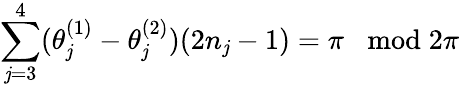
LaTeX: \sum_{\mathit{j}=3}^{4}(\theta_{\mathit{j}}^{(1)}-\theta_{\mathit{j}}^{(2)})(2n_{\mathit{j}}-1)=\pi\; \; \bmod2\pi